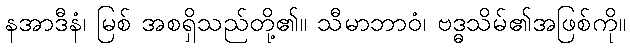
နအာဒီနံ၊ မြစ် အစရှိသည်တို့၏။ သီမာဘာဝံ၊ ဗဒ္ဓသိမ်၏အဖြစ်ကို။